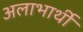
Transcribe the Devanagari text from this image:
अलाभार्थी